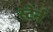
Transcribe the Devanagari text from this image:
स्टेर्न